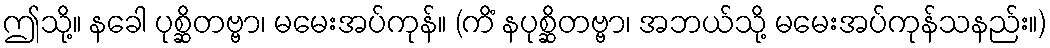
ဤသို့။ နခေါ ပုစ္ဆိတဗ္ဗာ၊ မမေးအပ်ကုန်။ (ကိံ နပုစ္ဆိတဗ္ဗာ၊ အဘယ်သို့ မမေးအပ်ကုန်သနည်း။)